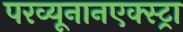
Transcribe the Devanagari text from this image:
परव्यूनानएक्स्ट्रा